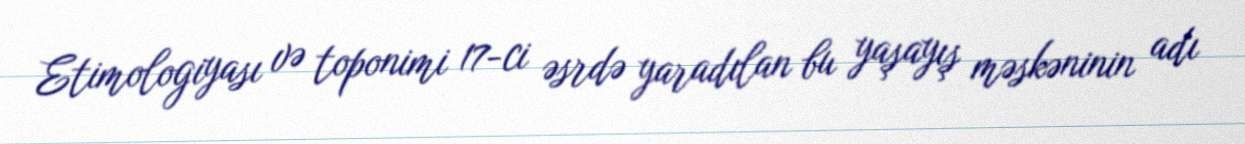
Etimologiyası və toponimi 17-ci əsrdə yaradılan bu yaşayış məskəninin adı